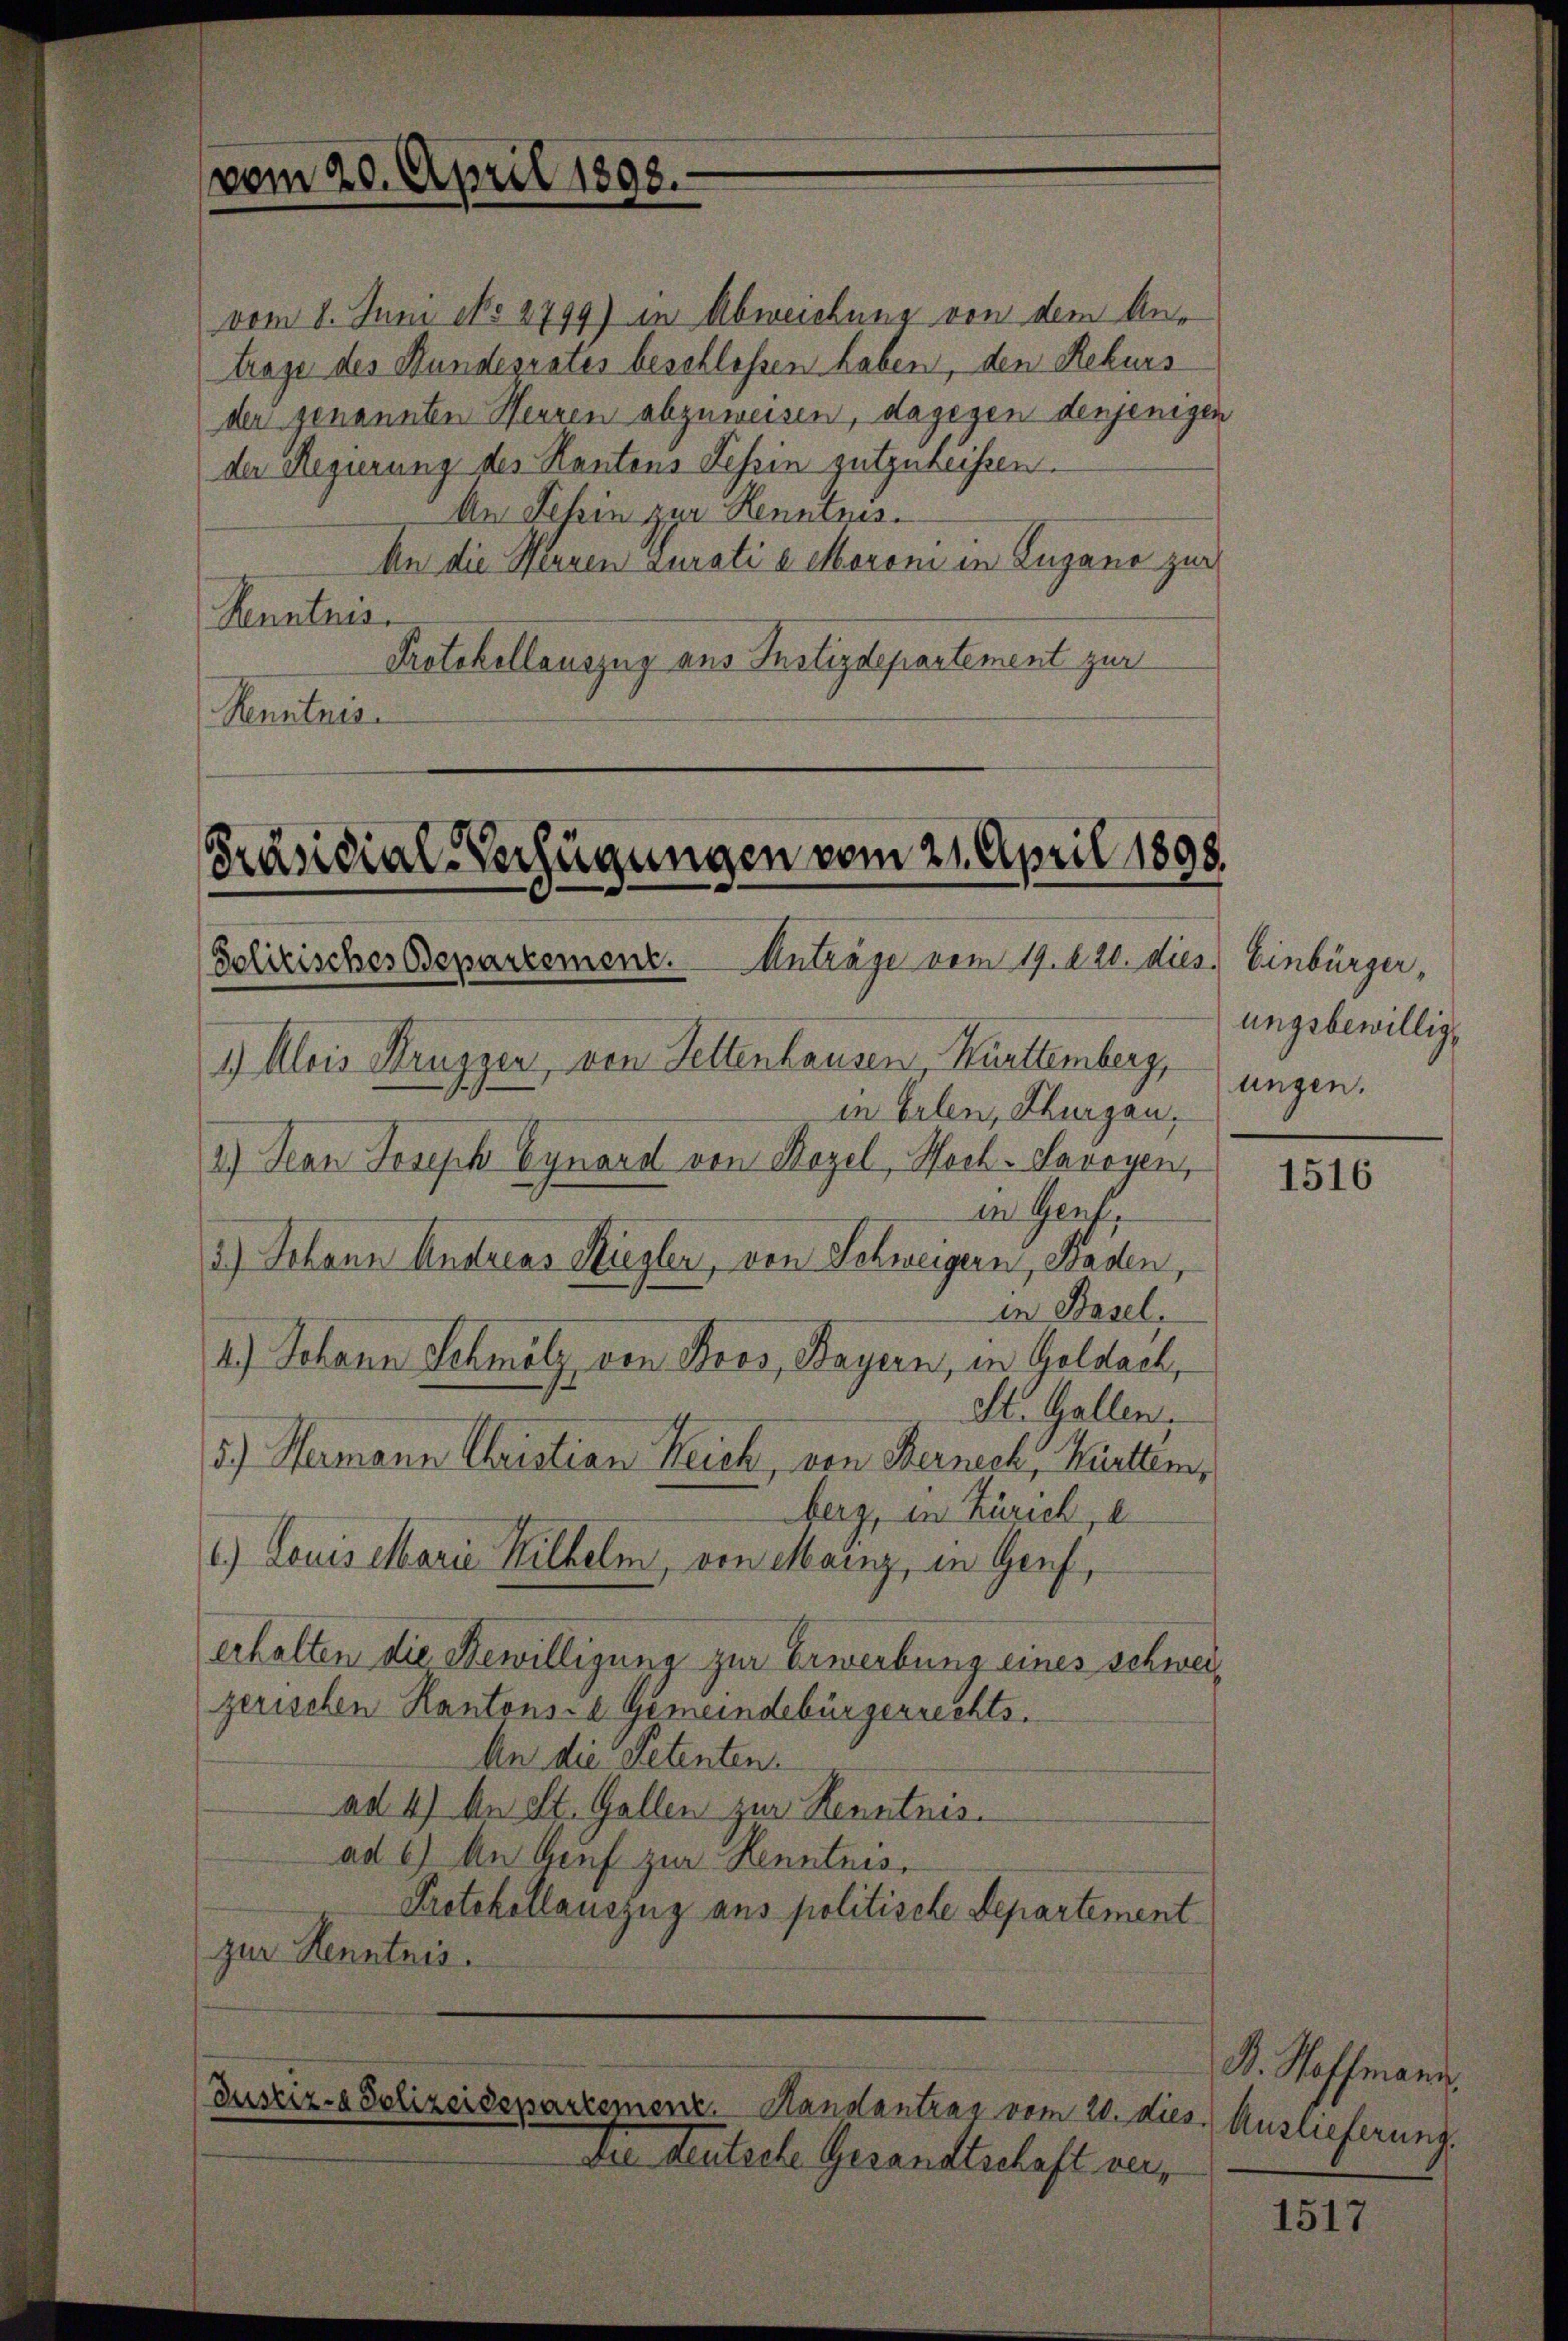
vom 20. April 1898.

vom 8. Juni NNo. 2799) in Abweichung von dem Antrage des Bundesrates beschlossen haben, den Rekurs
der genannten Herren abzuweisen, dagegen denjenigen
der Regierung des Kantons Schin gutzuheissen.
An Fehin zur Kenntnis.
An die Wenzen zurati u Moroni in Lugano zur
Kenntnis
Protokollauszug aus Justizdepartement zur
Kenntnis.

Präsidial-Verfügungen vom 21. April 1898.
Anträge vom 19. 820. dies
Solitisches Departement.

Justiz- & Polizeisepartement. Handantrag vom 20. dies.) Auslieferung.
Die teutsche Gesandtschaft nur,

Einbürger,
ungsbewilligungen.

1) Alois Kruzzer, von Settenhausen, Kürttemberg,
in Erlen, Thurgau.
2.) Jean Joseph Eynard von Bezel, Hoch-Savoyen,
en Gertr
3.) Johann Andreas Rieglen, von Schweigern, Baden,
in Basel,
4.) Johann Schmölz von Boos, Bayern, in Geldach,
St. Gallen,
5.) Hermann Christian Reich, von Kerneck, Kürttem,
berg, in Zürich, e
c.) Louis Marie Wilhelm, von Mann, in Genf
erhalten die Bewilligung zur Erwerbung eines schweizerischen Kantons- & Gemeindebürgerrechts.
An die Petenten.
ad 4) An St. Gallen zur Kenntnis.
ad 6) An Auf zur Kenntnis.
Protokollauszug aus politische Departement
zur Kenntnis.

1516

R. Hoffmann

1517